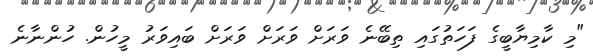
"މި ކާމިޔާބީގެ ފަހަތުގައި ތިބޭނެ ވަރަށް ވަރަށް ވަރަށް ބައިވަރު މީހުން. ހުންނާނެ